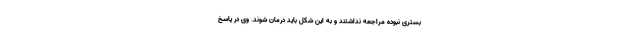
بستری نبوده مراجعه نداشتند و به این شکل باید درمان شوند. وی در پاسخ